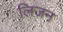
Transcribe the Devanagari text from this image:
लिजन